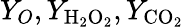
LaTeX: Y_{O},Y_{\mathrm{{H_{2}O_{2}}}},Y_{\mathrm{{CO_{2}}}}